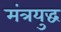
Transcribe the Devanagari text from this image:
मंत्रयुद्ध